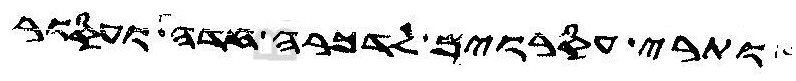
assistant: ותרי עסורים לדכרה חדה ועסור